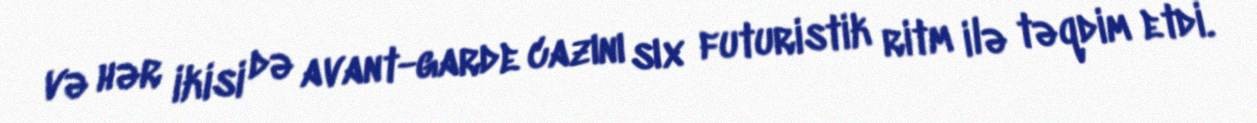
və hər ikisi də avant-garde cazını sıx futuristik ritm ilə təqdim etdi.